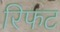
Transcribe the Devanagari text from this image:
रिफट